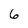
Character: 6